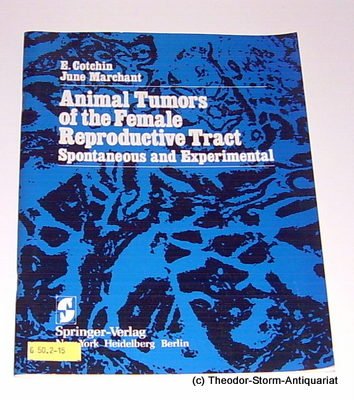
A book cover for Animal Tumors of the Female Reproductive Tract: Spontaneous and Experimental; E. Cotchin; Medical Books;